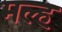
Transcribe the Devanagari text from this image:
मल्ह